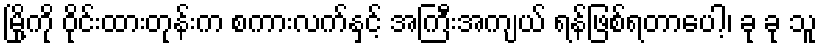
မြို့ကို ဝိုင်းထားတုန်းက စကားလက်နှင့် အကြီးအကျယ် ရန်ဖြစ်ရတာပေါ့၊ ခု ခု သူ